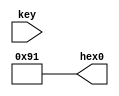
//----------------------------------------------------------------------------
//
//  Exercise   3. Buttons and Letters
//
//   3.     
//
//----------------------------------------------------------------------------

//----------------------------------------------------------------------------
//
//  Exercise 3.1. Show letter 'Y' on seven-segment display,
//  using continuous assignment for each bit.
//
//   3.1.   'Y'   ,
//        
//
//----------------------------------------------------------------------------

module top_1
(
    input  [1:0] key,  // Two buttons //  
    output [7:0] hex0  // Seven-segment display // 
);

    // a b c d e f g .   // Letter from scheme below
    // 0 1 2 3 4 5 6 7   // Bit in hex0
                      
    //   --a--
    //  |     |
    //  f     b
    //  |     |
    //   --g--
    //  |     |
    //  e     c
    //  |     |
    //   --d--        

    assign hex0 [0] = 1'b1; // a
    assign hex0 [1] = 1'b0; // b
    assign hex0 [2] = 1'b0; // c
    assign hex0 [3] = 1'b0; // d
    assign hex0 [4] = 1'b1; // e
    assign hex0 [5] = 1'b0; // f
    assign hex0 [6] = 1'b0; // g
    assign hex0 [7] = 1'b1; // .

endmodule

//----------------------------------------------------------------------------
//
//  Exercise 3.2. Show letter 'P'. Assign as a bitvector using
//  continuous assignment for every bit.
//
//   3.2.    'P'.   
//  ,      
//  .
//
//----------------------------------------------------------------------------

module top_2
(
    input  [1:0] key,  // Two buttons //  
    output [7:0] hex0  // Seven-segment display // 
);

    // a b c d e f g .   // Letter from scheme below
    // 0 1 2 3 4 5 6 7   // Bit in hex0
                      
    //   --a--
    //  |     |
    //  f     b
    //  |     |
    //   --g--
    //  |     |
    //  e     c
    //  |     |
    //   --d--        

    assign hex0 [7:0] = 8'b10001100; // abcdefg.

endmodule

//----------------------------------------------------------------------------
//
//  Exercise 3.3. Show letter Y or P depending on the input from key[0].
//
//   3.3.  Y  P     0.
//
//----------------------------------------------------------------------------

module top_3
(
    input  [1:0] key,  // Two buttons //  
    output [7:0] hex0  // Seven-segment display // 
);

    // a b c d e f g .   // Letter from scheme below
    // 0 1 2 3 4 5 6 7   // Bit in hex0
                      
    //   --a--
    //  |     |
    //  f     b
    //  |     |
    //   --g--
    //  |     |
    //  e     c
    //  |     |
    //   --d--        

    assign hex0 [7:0] = key[0] ? 8'b10001100 /* Y */ : 8'b10010001 /* P */; 

endmodule

//----------------------------------------------------------------------------
//
//  Exercise 3.4. Show letter Y or P depending on the input from key[0].
//  Key[1] flips the letter. Assign + ternary operator.
//
//   3.4.  Y  P     0.
//   1  .
//   1. assign   '?'
//
//----------------------------------------------------------------------------

module top_4
(
    input  [1:0] key,  // Two buttons //  
    output [7:0] hex0  // Seven-segment display // 
);

    // a b c d e f g .   // Letter from scheme below
    // 0 1 2 3 4 5 6 7   // Bit in hex0
                      
    //   --a--
    //  |     |
    //  f     b
    //  |     |
    //   --g--
    //  |     |
    //  e     c
    //  |     |
    //   --d--        

    assign hex0 [7:0]
        = 
        key [1]
            ? (key [0]
                ? 8'b10001100    /* P */
                : 8'b10010001 )  /* Y */
            : (key [0]
                ? 8'b10100001    /* flipped P */
                : 8'b10001010 ); /* flipped Y */

endmodule

//----------------------------------------------------------------------------
//
//  Exercise 3.5. Show letter Y or P depending on the input from key[0].
//  Key[1] flips the letter. 
//  Always-block and 'if' operator.
//
//   3.5.  Y  P     0.
//   1  .
//   2. Always-   'if'
//
//----------------------------------------------------------------------------

module top_5
(
    input  [1:0] key,  // Two buttons //  
    output [7:0] hex0  // Seven-segment display // 
);

    // a b c d e f g .   // Letter from scheme below
    // 0 1 2 3 4 5 6 7   // Bit in hex0
                      
    //   --a--
    //  |     |
    //  f     b
    //  |     |
    //   --g--
    //  |     |
    //  e     c
    //  |     |
    //   --d--        

    reg [7:0] hex_r; 
    always @*
    begin
        if (key [1])
        begin
            if (key [0])
                hex_r = 8'b10001100; /* P */
            else
                hex_r = 8'b10010001; /* Y */
        end
        else
        begin
            if (key [0])
                hex_r = 8'b10100001; /* flipped P */
            else
                hex_r = 8'b10001010; /* flipped Y */
        end
    end

    assign hex0 [7:0] = hex_r;

endmodule

//----------------------------------------------------------------------------
//
//  Exercise 3.6. Show letter Y or P depending on the input from key[0].
//  Key[1] flips the letter. 
//  Always-block and 'case' operator.
//
//   3.6.  Y  P     0.
//   1  .
//   3. Always-   'case'
//
//----------------------------------------------------------------------------

module top_6
(
    input  [1:0] key,  // Two buttons //  
    output [7:0] hex0  // Seven-segment display // 
);

    // a b c d e f g .   // Letter from scheme below
    // 0 1 2 3 4 5 6 7   // Bit in hex0
                      
    //   --a--
    //  |     |
    //  f     b
    //  |     |
    //   --g--
    //  |     |
    //  e     c
    //  |     |
    //   --d--        

    reg [7:0] hex_r; 
    always @*
        case (key)
        2'b00: hex_r = 8'b10001010; /* flipped Y */
        2'b01: hex_r = 8'b10100001; /* flipped P */
        2'b10: hex_r = 8'b10010001; /* Y */
        2'b11: hex_r = 8'b10001100; /* P */
        endcase

    assign hex0 [7:0] = hex_r;

endmodule

//----------------------------------------------------------------------------
//
//  Exercise 3.7. Show numbers from 0 to 7 depending on switches.
//
//   3.7.    0  7     .
//
//----------------------------------------------------------------------------

module top
(
    input  [2:0] sw,   // switches // 
    output [7:0] hex0  // Seven-segment display // 
);

    // a b c d e f g .   // Letter from scheme below
    // 0 1 2 3 4 5 6 7   // Bit in hex0
                      
    //   --a--
    //  |     |
    //  f     b
    //  |     |
    //   --g--
    //  |     |
    //  e     c
    //  |     |
    //   --d--        

    reg [7:0] hex_r; 
    always @*
        case (sw)
        3'b000: hex_r = 8'b11000000; // 0
        3'b001: hex_r = 8'b11111001; // 1
        3'b010: hex_r = 8'b10100100; // 2
        3'b011: hex_r = 8'b10110000; // 3
        3'b100: hex_r = 8'b10011001; // 4
        3'b101: hex_r = 8'b10010010; // 5
        3'b110: hex_r = 8'b10000010; // 6
        3'b111: hex_r = 8'b11111000; // 7
        endcase

    assign hex0 [7:0] = hex_r;

endmodule